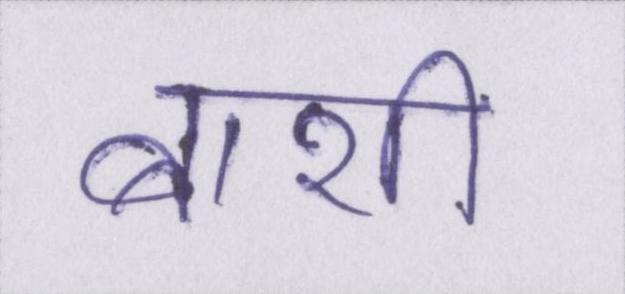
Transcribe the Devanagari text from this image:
बाशी